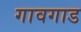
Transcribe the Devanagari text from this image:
गावगाड